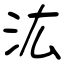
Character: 汯